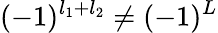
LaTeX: (-1)^{l_{1}+l_{2}}\neq(-1)^{L}